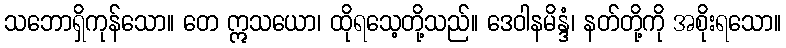
သဘောရှိကုန်သော။ တေ ဣသယော၊ ထိုရသေ့တို့သည်။ ဒေဝါနမိန္ဒံ၊ နတ်တို့ကို အစိုးရသော။